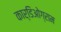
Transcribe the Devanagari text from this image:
कार्डिओग्राम